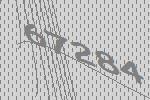
67284